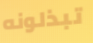
تبذلونه